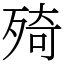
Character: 㱦